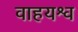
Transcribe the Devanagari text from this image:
वाहयश्व